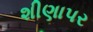
શીણાપર